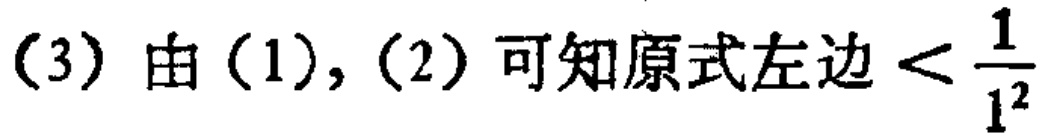
(3) 由(1), (2) 可知原式左边\(<\frac{1}{1^{2}}\)